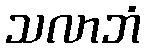
သလာဘံ